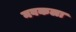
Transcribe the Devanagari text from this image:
नवकला